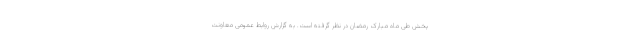
پخش طی ماه مبارک رمضان در نظر گرفته است. به گزارش روابط عمومی معاونت